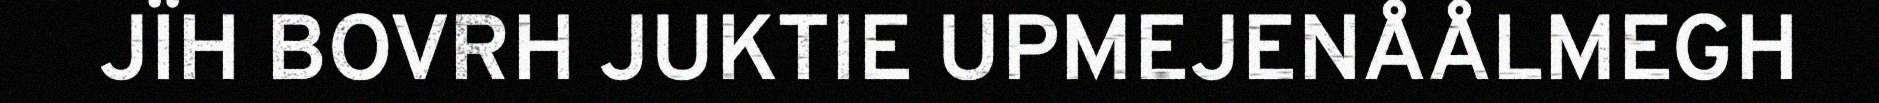
JÏH BOVRH JUKTIE UPMEJENÅÅLMEGH